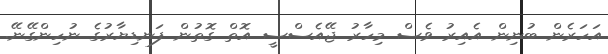
އަހަރެން ބުނިން އެއިރު ވެސް މިހާރު ޖޭއެސްސީ އޮތް ގޮތުން ފަނޑިޔާރުގެ ނުހިންގޭނޭ.